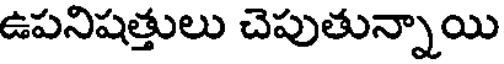
ఉపనిషత్తులు చెపుతున్నాయి